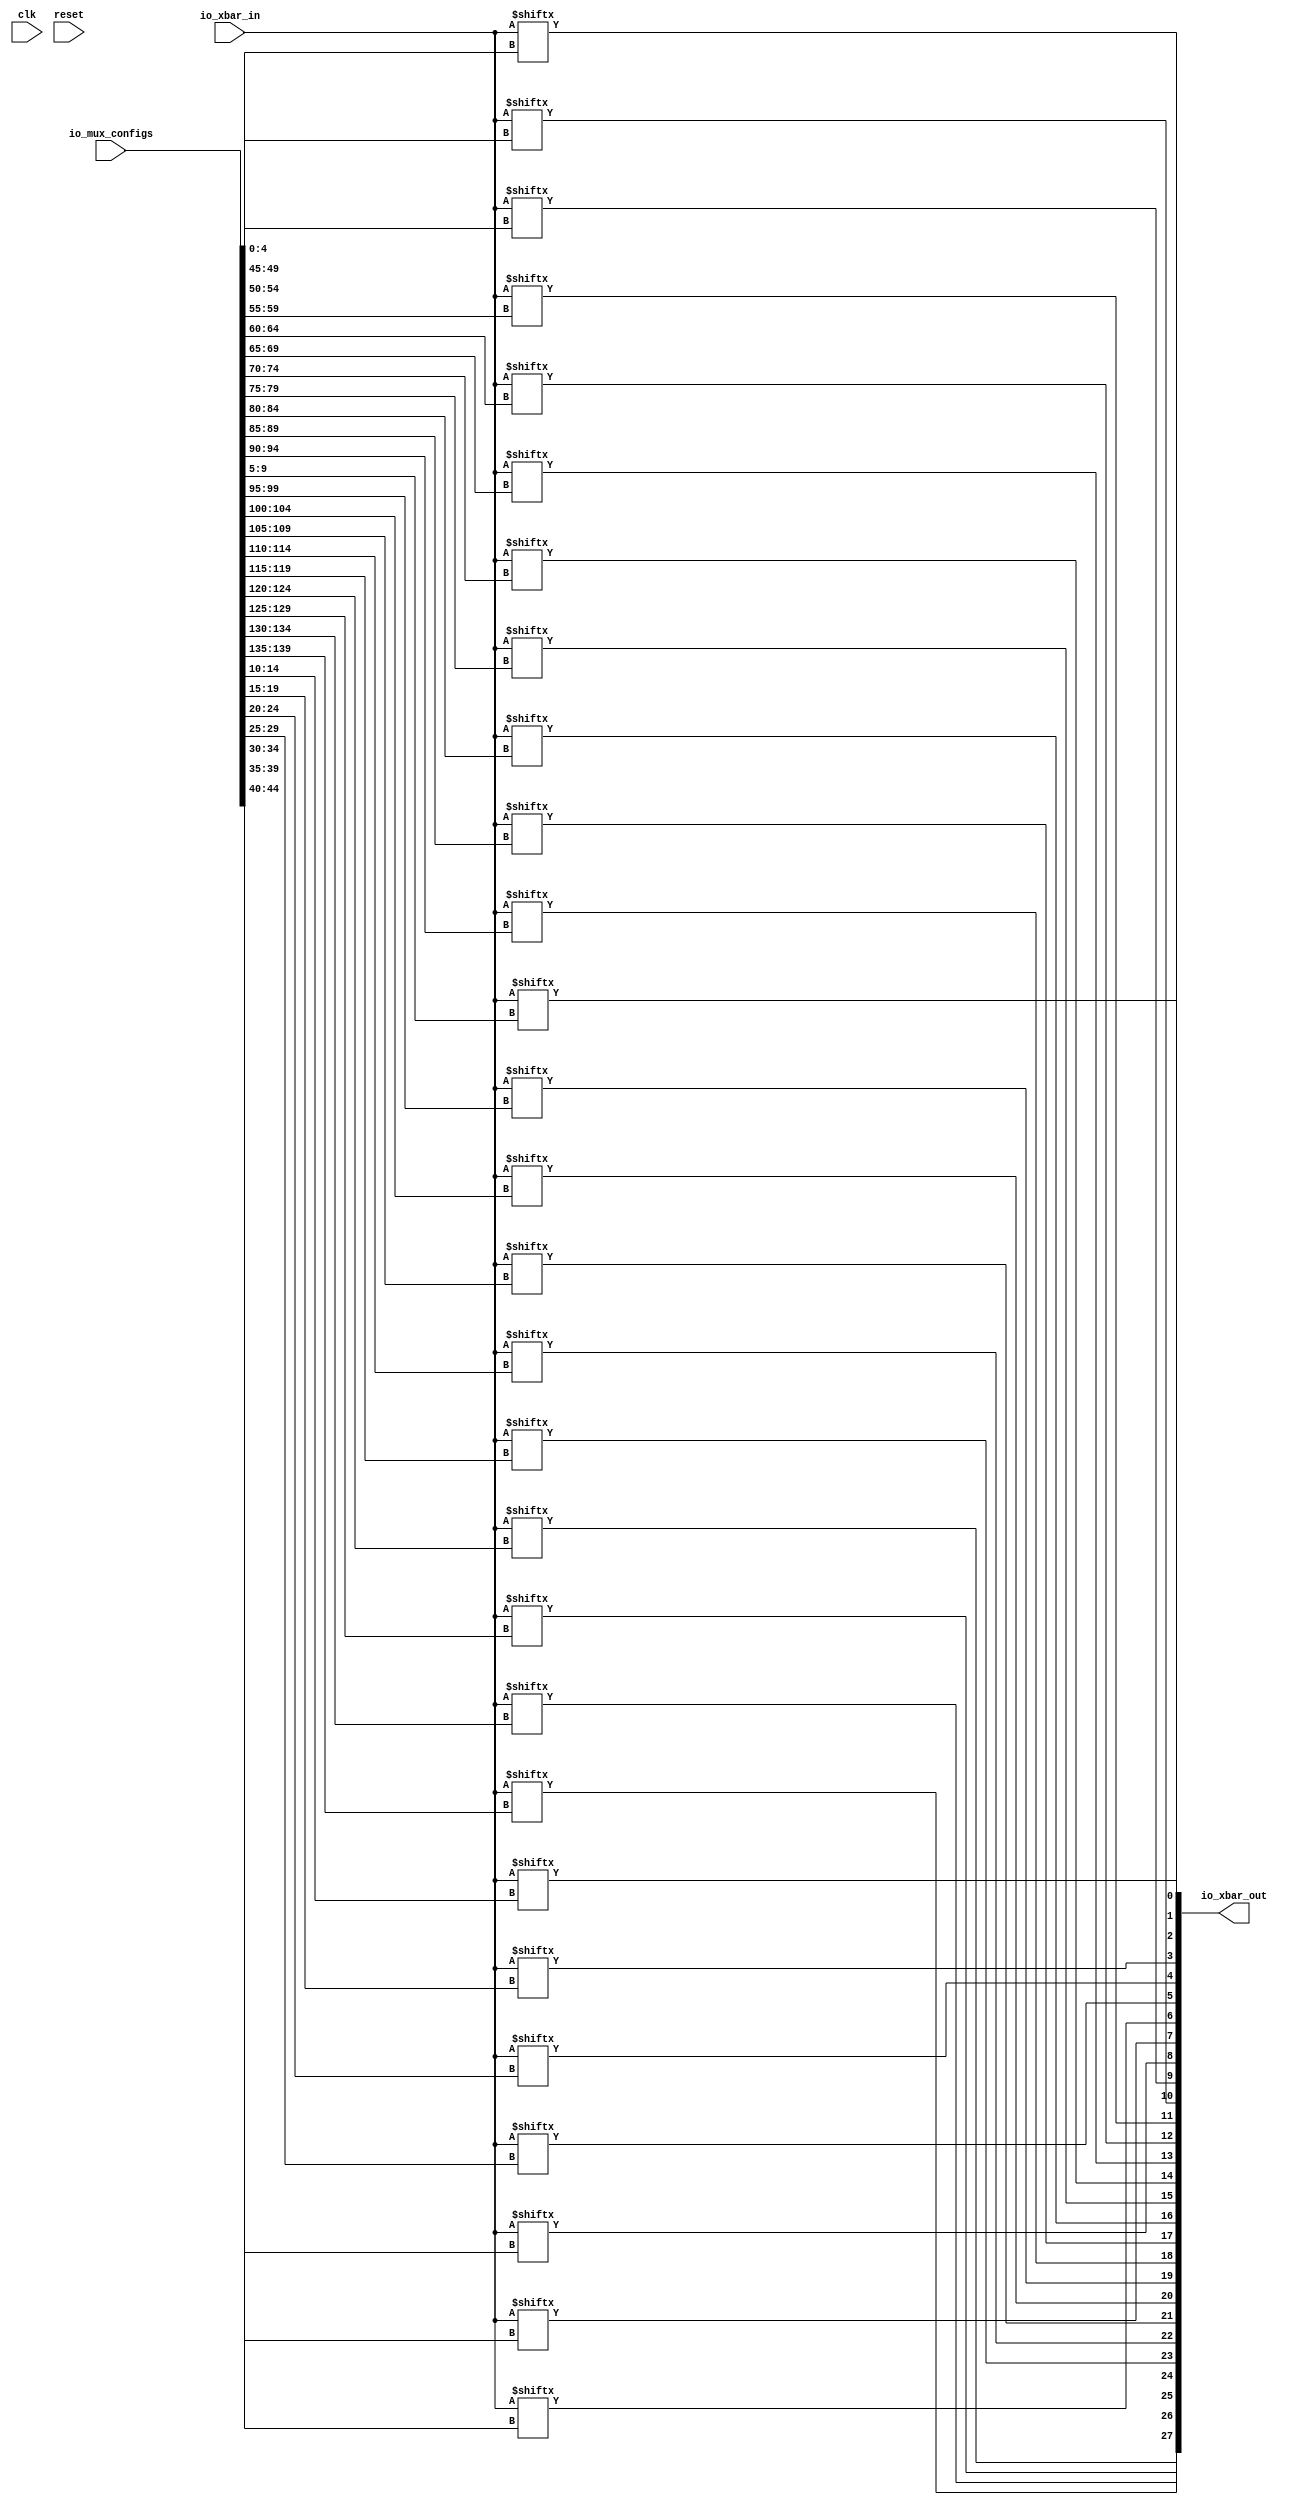
module xbar(input clk, input reset,
    input [23:0] io_xbar_in,
    output [27:0] io_xbar_out,
    input [139:0] io_mux_configs);

    assign io_xbar_out[0] = io_xbar_in[io_mux_configs[4:0]];
    assign io_xbar_out[1] = io_xbar_in[io_mux_configs[9:5]];
    assign io_xbar_out[2] = io_xbar_in[io_mux_configs[14:10]];
    assign io_xbar_out[3] = io_xbar_in[io_mux_configs[19:15]];
    assign io_xbar_out[4] = io_xbar_in[io_mux_configs[24:20]];
    assign io_xbar_out[5] = io_xbar_in[io_mux_configs[29:25]];
    assign io_xbar_out[6] = io_xbar_in[io_mux_configs[34:30]];
    assign io_xbar_out[7] = io_xbar_in[io_mux_configs[39:35]];
    assign io_xbar_out[8] = io_xbar_in[io_mux_configs[44:40]];
    assign io_xbar_out[9] = io_xbar_in[io_mux_configs[49:45]];
    assign io_xbar_out[10] = io_xbar_in[io_mux_configs[54:50]];
    assign io_xbar_out[11] = io_xbar_in[io_mux_configs[59:55]];
    assign io_xbar_out[12] = io_xbar_in[io_mux_configs[64:60]];
    assign io_xbar_out[13] = io_xbar_in[io_mux_configs[69:65]];
    assign io_xbar_out[14] = io_xbar_in[io_mux_configs[74:70]];
    assign io_xbar_out[15] = io_xbar_in[io_mux_configs[79:75]];
    assign io_xbar_out[16] = io_xbar_in[io_mux_configs[84:80]];
    assign io_xbar_out[17] = io_xbar_in[io_mux_configs[89:85]];
    assign io_xbar_out[18] = io_xbar_in[io_mux_configs[94:90]];
    assign io_xbar_out[19] = io_xbar_in[io_mux_configs[99:95]];
    assign io_xbar_out[20] = io_xbar_in[io_mux_configs[104:100]];
    assign io_xbar_out[21] = io_xbar_in[io_mux_configs[109:105]];
    assign io_xbar_out[22] = io_xbar_in[io_mux_configs[114:110]];
    assign io_xbar_out[23] = io_xbar_in[io_mux_configs[119:115]];
    assign io_xbar_out[24] = io_xbar_in[io_mux_configs[124:120]];
    assign io_xbar_out[25] = io_xbar_in[io_mux_configs[129:125]];
    assign io_xbar_out[26] = io_xbar_in[io_mux_configs[134:130]];
    assign io_xbar_out[27] = io_xbar_in[io_mux_configs[139:135]];

endmodule